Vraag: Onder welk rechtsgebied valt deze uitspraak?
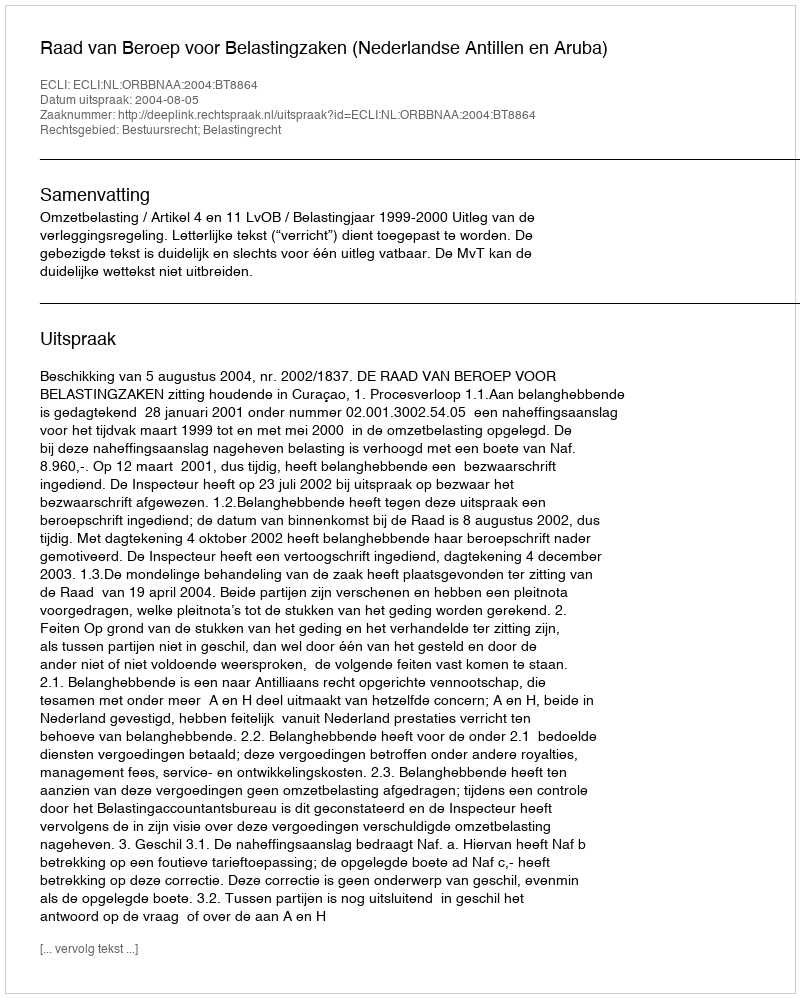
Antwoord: Bestuursrecht; Belastingrecht